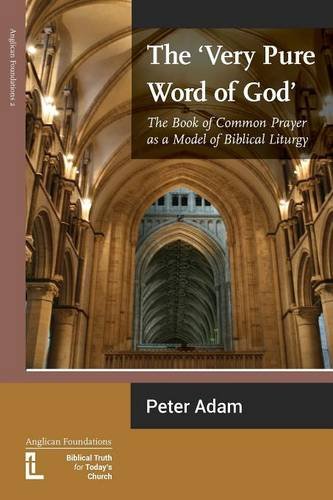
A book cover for The Very Pure Word of God: The Book of Common Prayer as a Model of Biblical Liturgy; Peter Adam; Christian Books & Bibles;